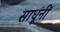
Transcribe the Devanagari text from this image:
साधूंनीं